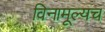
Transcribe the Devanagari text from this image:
विनामूल्यच